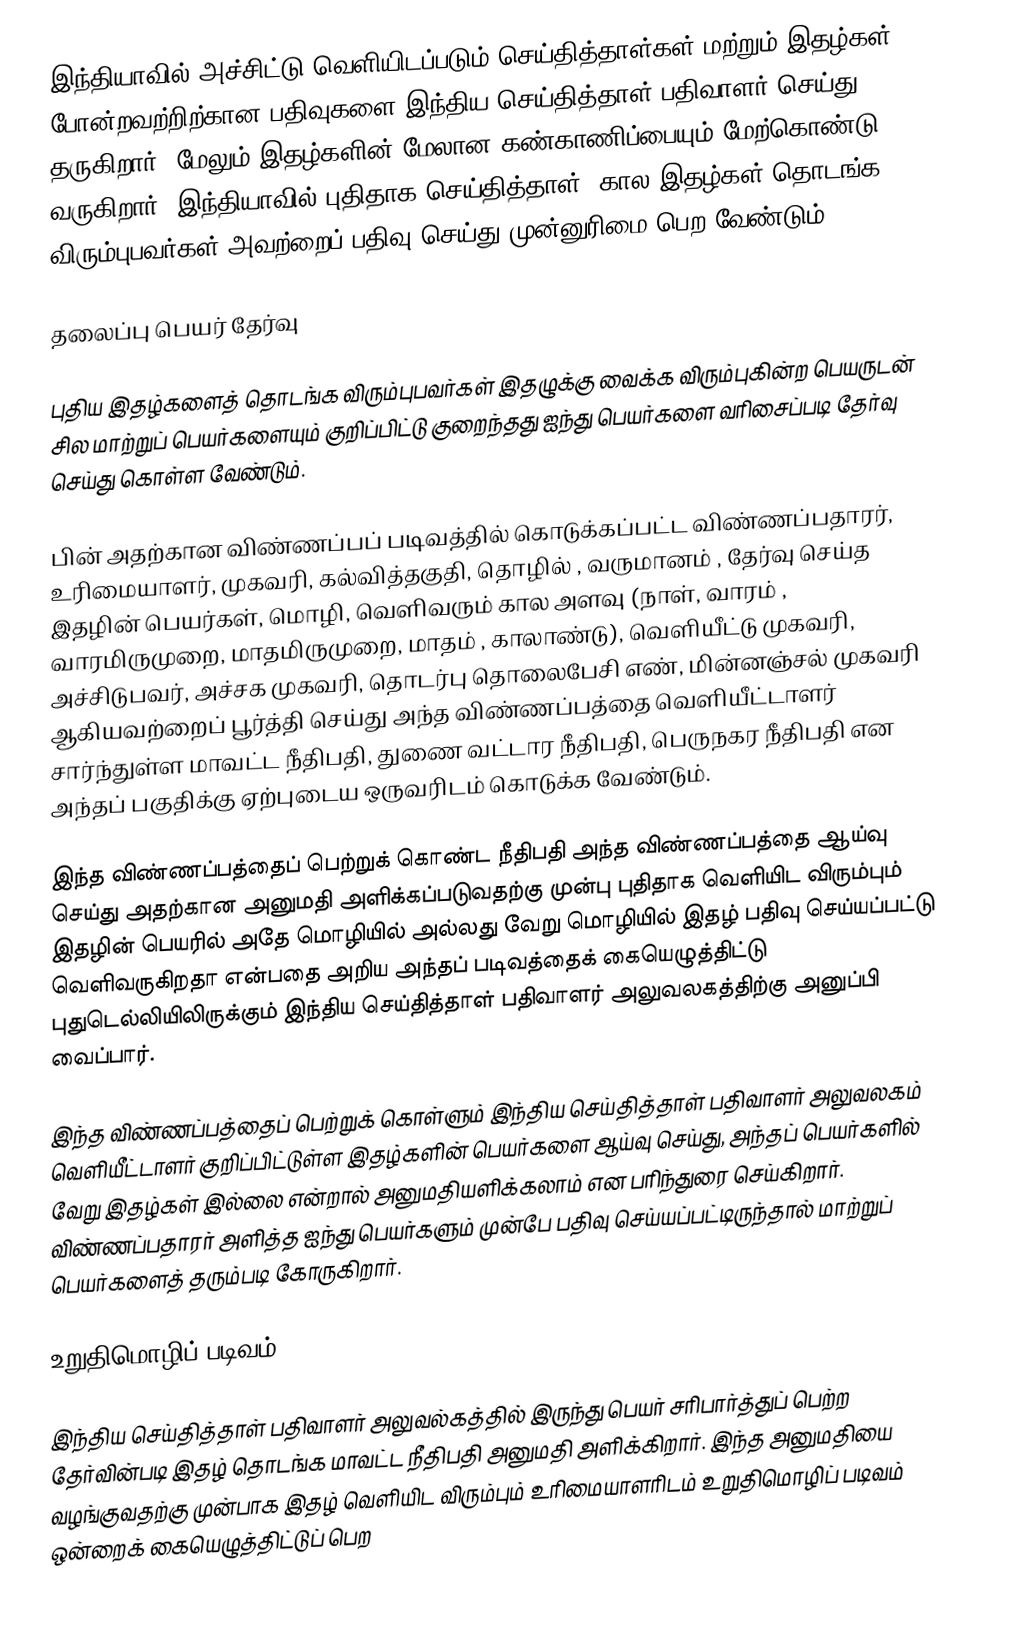
இந்தியாவில் அச்சிட்டு வெளியிடப்படும் செய்தித்தாள்கள் மற்றும் இதழ்கள் போன்றவற்றிற்கான பதிவுகளை இந்திய செய்தித்தாள் பதிவாளர் செய்து தருகிறார். மேலும் இதழ்களின் மேலான கண்காணிப்பையும் மேற்கொண்டு வருகிறார். இந்தியாவில் புதிதாக செய்தித்தாள், கால இதழ்கள் தொடங்க விரும்புபவர்கள் அவற்றைப் பதிவு செய்து முன்னுரிமை பெற வேண்டும்.

தலைப்பு பெயர் தேர்வு

புதிய இதழ்களைத் தொடங்க விரும்புபவர்கள் இதழுக்கு வைக்க விரும்புகின்ற பெயருடன் சில மாற்றுப் பெயர்களையும் குறிப்பிட்டு குறைந்தது ஐந்து பெயர்களை வரிசைப்படி தேர்வு செய்து கொள்ள வேண்டும்.

பின் அதற்கான விண்ணப்பப் படிவத்தில் கொடுக்கப்பட்ட விண்ணப்பதாரர், உரிமையாளர், முகவரி, கல்வித்தகுதி, தொழில் , வருமானம் , தேர்வு செய்த இதழின் பெயர்கள், மொழி, வெளிவரும் கால அளவு (நாள், வாரம் , வாரமிருமுறை, மாதமிருமுறை, மாதம் , காலாண்டு), வெளியீட்டு முகவரி, அச்சிடுபவர், அச்சக முகவரி, தொடர்பு தொலைபேசி எண், மின்னஞ்சல் முகவரி ஆகியவற்றைப் பூர்த்தி செய்து அந்த விண்ணப்பத்தை வெளியீட்டாளர் சார்ந்துள்ள மாவட்ட நீதிபதி, துணை வட்டார நீதிபதி, பெருநகர நீதிபதி என அந்தப் பகுதிக்கு ஏற்புடைய ஒருவரிடம் கொடுக்க வேண்டும்.

இந்த விண்ணப்பத்தைப் பெற்றுக் கொண்ட நீதிபதி அந்த விண்ணப்பத்தை ஆய்வு செய்து அதற்கான அனுமதி அளிக்கப்படுவதற்கு முன்பு புதிதாக வெளியிட விரும்பும் இதழின் பெயரில் அதே மொழியில் அல்லது வேறு மொழியில் இதழ் பதிவு செய்யப்பட்டு வெளிவருகிறதா என்பதை அறிய அந்தப் படிவத்தைக் கையெழுத்திட்டு புதுடெல்லியிலிருக்கும் இந்திய செய்தித்தாள் பதிவாளர் அலுவலகத்திற்கு அனுப்பி வைப்பார்.

இந்த விண்ணப்பத்தைப் பெற்றுக் கொள்ளும் இந்திய செய்தித்தாள் பதிவாளர் அலுவலகம் வெளியீட்டாளர் குறிப்பிட்டுள்ள இதழ்களின் பெயர்களை ஆய்வு செய்து, அந்தப் பெயர்களில் வேறு இதழ்கள் இல்லை என்றால் அனுமதியளிக்கலாம் என பரிந்துரை செய்கிறார். விண்ணப்பதாரர் அளித்த ஐந்து பெயர்களும் முன்பே பதிவு செய்யப்பட்டிருந்தால் மாற்றுப் பெயர்களைத் தரும்படி கோருகிறார்.

உறுதிமொழிப் படிவம்

இந்திய செய்தித்தாள் பதிவாளர் அலுவல்கத்தில் இருந்து பெயர் சரிபார்த்துப் பெற்ற தேர்வின்படி இதழ் தொடங்க மாவட்ட நீதிபதி அனுமதி அளிக்கிறார். இந்த அனுமதியை வழங்குவதற்கு முன்பாக இதழ் வெளியிட விரும்பும் உரிமையாளரிடம் உறுதிமொழிப் படிவம் ஒன்றைக் கையெழுத்திட்டுப் பெற